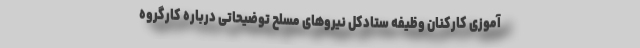
آموزی کارکنان وظیفه ستادکل نیرو‌های مسلح توضیحاتی درباره کارگروه